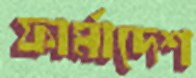
ফার্মাদেশ